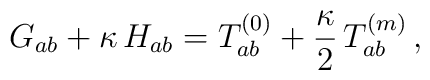
G_{ab}+ \kappa\,H_{ab}= T^{(0)}_{ab}+\frac{\kappa}{2}\,T^{(m)}_{ab}\,,